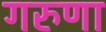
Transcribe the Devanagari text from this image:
गरुणा